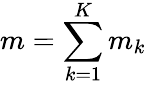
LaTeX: m=\sum_{k=1}^{K}m_{k}